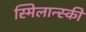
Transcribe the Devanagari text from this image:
स्मिलान्स्की